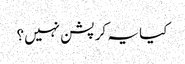
کیا یہ کرپشن نہیں؟